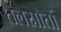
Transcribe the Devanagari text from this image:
तेलस्रोतों